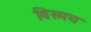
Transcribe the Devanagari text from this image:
विस्‍मय